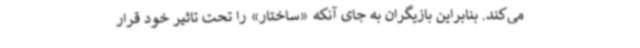
می‌کند. بنابراین بازیگران به جای آنکه «ساختار» را تحت تاثیر خود قرار